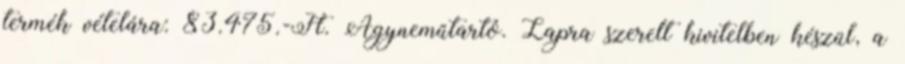
termék vételára: 83.475.-Ft. Ágyneműtartó. Lapra szerelt kivitelben készül, a